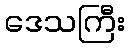
ဒေသကြီး